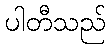
ပါတီသည်